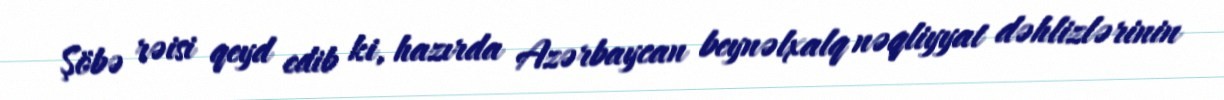
Şöbə rəisi qeyd edib ki, hazırda Azərbaycan beynəlxalq nəqliyyat dəhlizlərinin